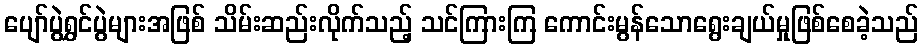
ပျော်ပွဲရွှင်ပွဲများအဖြစ် သိမ်းဆည်းလိုက်သည့် သင်ကြားကြ ကောင်းမွန်သောရွေးချယ်မှုဖြစ်စေခဲ့သည်